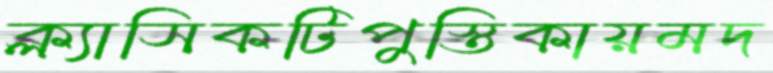
ক্ল্যাসিকটিপুস্তিকায়মদ